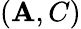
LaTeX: (\mathbf{A},C)